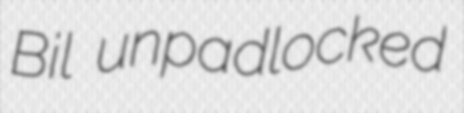
Bil unpadlocked